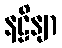
နဠိနျာ